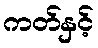
ကတ်နှင့်